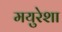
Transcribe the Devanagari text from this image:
मयुरेशा